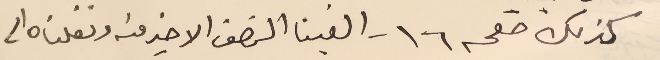
كذلك صفحه ١٦ - الغينا النصف الاخير منه ونقلناه الى